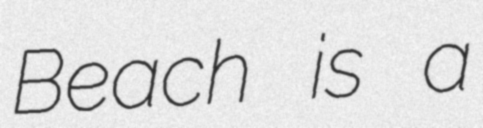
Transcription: Beach is a